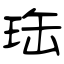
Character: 珤